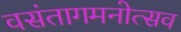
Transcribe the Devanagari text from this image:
वसंतागमनोत्सव